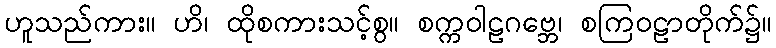
ဟူသည်ကား။ ဟိ၊ ထိုစကားသင့်စွ။ စက္ကဝါဠဂဗ္ဘေ၊ စကြဝဠာတိုက်၌။